Lunatic asylums United Provinces 1909-1921 - 1909-1921
Year: 1909
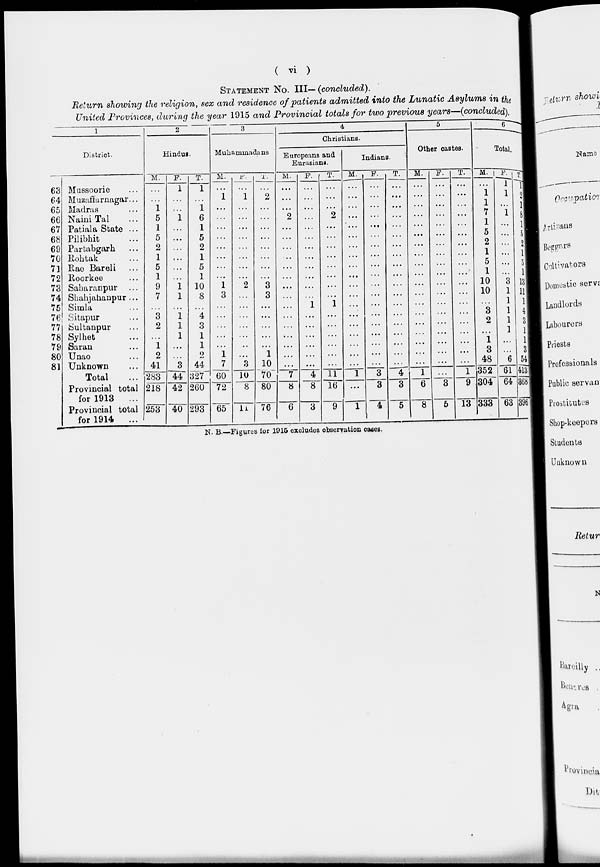
( vi )
STATEMENT No. III— (concluded).
Return showing the religion, sex and residence of patients admitted into the Lunatic Asylums in the
United Provinces, during the year 1915 and Provincial totals for two previous years—(concluded).
1
District.
63
64
65
66
67
68
69
70
71
72
73
74
75
76
77
78
79
80
81
Mussoorie
...
Muzaffarnagar...
Madras ...
Naini Tal ...
Patiala State ...
Pilibhit ...
Partabgarh ...
Rohtak ...
Rae Bareli ...
Roorkee ...
Saharanpur ...
Shahjahanpur ...
Simla ...
Sitapur ...
Sultanpur ...
Sylhet ...
Saran ...
Unao ...
Unknown
...
Total
...
Provincial total
for 1913
...
Provincial total
for 1914 ...
2
Hindus
M.
...
...
1
5
1
5
2
1
5
1
9
7
...
3
2
...
1
2
41
283
218
253
F.
1
...
...
1
...
...
...
...
...
...
1
1
...
1
1
1
...
...
3
44
42
40
T.
1
...
1
6
1
5
2
1
5
1
10
8
...
4
3
1
1
2
44
327
260
293
3
Muhammadans
M.
...
1
...
...
...
...
...
...
...
...
1
3
...
...
...
...
...
1
7
60
72
65
F.
...
1
...
...
...
...
...
...
...
...
2
...
...
...
...
...
...
...
3
10
8
11
T.
...
2
...
...
...
...
...
...
...
...
3
3
...
...
...
...
...
1
10
70
80
76
4
Christians.
Europeans and
Eurasians.
M.
...
...
...
2
...
...
...
...
...
...
...
...
...
...
...
...
...
...
...
7
8
6
F.
...
...
...
...
...
...
...
...
...
...
...
...
1
...
...
...
...
...
...
4
8
3
T.
...
...
...
2
...
...
...
...
...
...
...
...
1
...
...
...
...
...
...
11
16
9
Indians.
M.
...
...
...
...
...
...
...
...
...
...
...
...
...
...
...
...
...
...
...
1
...
1
F.
...
...
...
...
...
...
...
...
...
...
...
...
...
...
...
...
...
...
...
3
3
4
T.
...
...
...
...
...
...
...
...
...
...
...
...
...
...
...
...
...
...
...
4
3
5
5
Other castes.
M.
...
...
...
...
...
...
...
...
...
...
...
...
...
...
...
...
...
...
...
1
6
8
F.
...
...
...
...
...
...
...
...
...
...
...
...
...
...
...
...
...
...
...
...
3
5
T.
...
...
...
...
...
...
...
...
...
...
...
...
...
...
...
...
...
...
...
1
9
13
6
Total.
M.
...
1
1
7
1
5
2
1
5
1
10
10
...
3
2
...
1
3
48
352
304
333
F.
1
1
...
1
...
...
...
...
...
...
3
1
1
1
1
1
...
...
6
61
64
63
T.
1
2
1
8
1
5
2
1
5
1
13
11
1
4
3
1
1
3
54
413
368
396
N. B.—Figures for 1915 excludes observation cases.